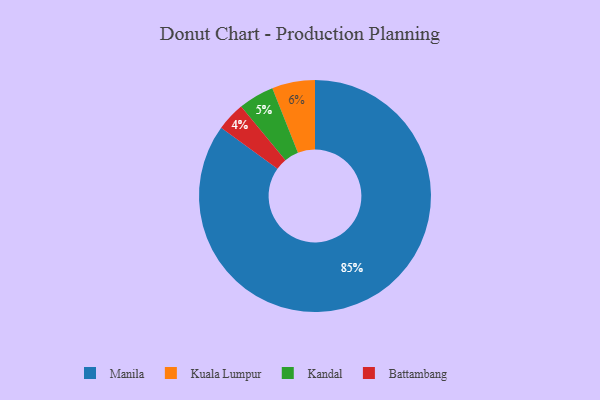
{"axis": {"x": "Category", "y": "Percentage"}, "legend": ["Battambang", "Kandal", "Kuala Lumpur", "Manila"], "data": [{"x": "Kandal", "y": 5, "type": "Kandal"}, {"x": "Kuala Lumpur", "y": 6, "type": "Kuala Lumpur"}, {"x": "Manila", "y": 85, "type": "Manila"}, {"x": "Battambang", "y": 4, "type": "Battambang"}]}